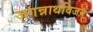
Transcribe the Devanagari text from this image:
जगन्नाथविजय